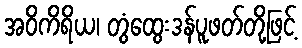
အဝိကိရိယ၊ တွံထွေးဒန်ပူဖတ်တို့ဖြင့်